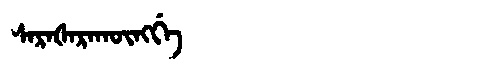
Manchu: ᠰᠠᡵᠠᡧᠠᡵᠠᡴᡡᠩᡤᡝ
Romanization: SARAŠARAKŪNGGE